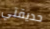
حديقتي